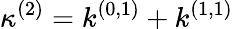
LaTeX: \kappa^{(2)}=k^{(0,1)}+k^{(1,1)}